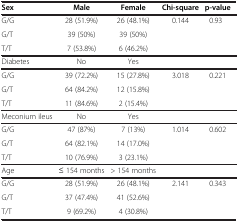
| Sex | Male | Female | Chi-square | p-value |
 | --- | --- | --- | --- | --- |
 | G/G | 28 (51.9%) | 26 (48.1%) | 0.144 | 0.93 |
 | G/T | 39 (50%) | 39 (50%) |  |  |
 | T/T | 7 (53.8%) | 6 (46.2%) |  |  |
 | Diabetes | No | Yes |  |  |
 | G/G | 39 (72.2%) | 15 (27.8%) | 3.018 | 0.221 |
 | G/T | 64 (84.2%) | 12 (15.8%) |  |  |
 | T/T | 11 (84.6%) | 2 (15.4%) |  |  |
 | Meconium ileus | No | Yes |  |  |
 | G/G | 47 (87%) | 7 (13%) | 1.014 | 0.602 |
 | G/T | 64 (82.1%) | 14 (17.0%) |  |  |
 | T/T | 10 (76.9%) | 3 (23.1%) |  |  |
 | Age | ≤ 154 months | > 154 months |  |  |
 | G/G | 28 (51.9%) | 26 (48.1%) | 2.141 | 0.343 |
 | G/T | 37 (47.4%) | 41 (52.6%) |  |  |
 | T/T | 9 (69.2%) | 4 (30.8%) |  |  |